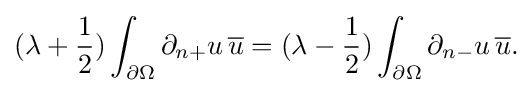
\displaystyle {(\lambda +{1 \over 2})\int _{\partial \Omega }\partial _{n+}u\,{\overline {u}}=(\lambda -{1 \over 2})\int _{\partial \Omega }\partial _{n-}u\,{\overline {u}}.}